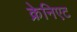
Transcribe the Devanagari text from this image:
क्रेनिएट